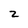
Character: 2